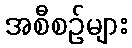
အစီစဉ်များ